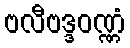
ဗလီဗဒ္ဒဝဏ္ဏံ